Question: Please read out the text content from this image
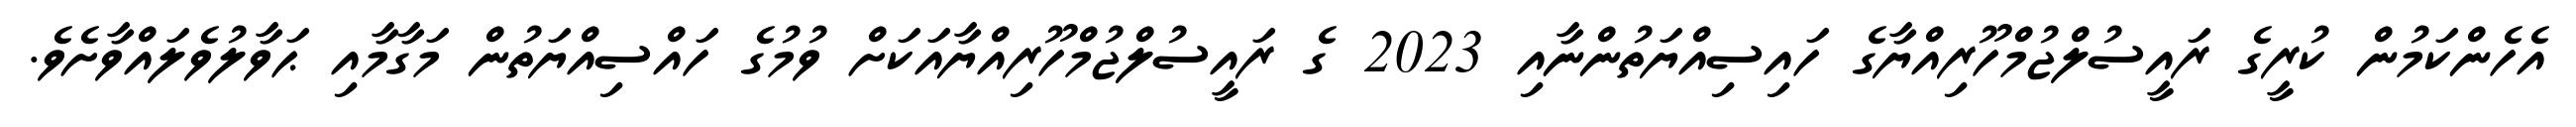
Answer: އެހެންކަމުން ކުރީގެ ރައީސުލްޖުމްހޫރިއްޔާގެ ހައިސިއްޔަތުންނާއި 2023 ގެ ރައީސުލްޖުމްހޫރިއްޔާއަކަށް ވުމުގެ ހައްސިއްޔަތުން މަގާމާއި ޙަވާލުވެލައްވާށެވެ.